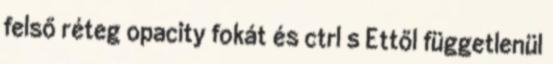
felső réteg opacity fokát és ctrl s Ettől függetlenül